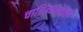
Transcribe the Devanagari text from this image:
चारित्र्याभोवती